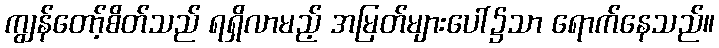
ကျွန်တော့်စိတ်သည် ရရှိလာမည့် အမြတ်များပေါ်၌သာ ရောက်နေသည်။